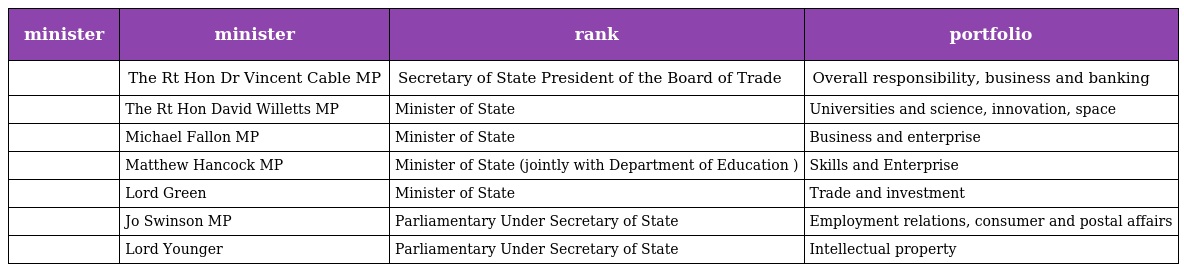
| minister | minister | rank | portfolio |
 | --- | --- | --- | --- |
 |  | The Rt Hon Dr Vincent Cable MP | Secretary of State President of the Board of Trade | Overall responsibility, business and banking |
 |  | The Rt Hon David Willetts MP | Minister of State | Universities and science, innovation, space |
 |  | Michael Fallon MP | Minister of State | Business and enterprise |
 |  | Matthew Hancock MP | Minister of State (jointly with Department of Education ) | Skills and Enterprise |
 |  | Lord Green | Minister of State | Trade and investment |
 |  | Jo Swinson MP | Parliamentary Under Secretary of State | Employment relations, consumer and postal affairs |
 |  | Lord Younger | Parliamentary Under Secretary of State | Intellectual property |